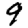
Digit: 9